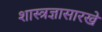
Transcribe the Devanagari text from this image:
शास्त्रज्ञासारखे